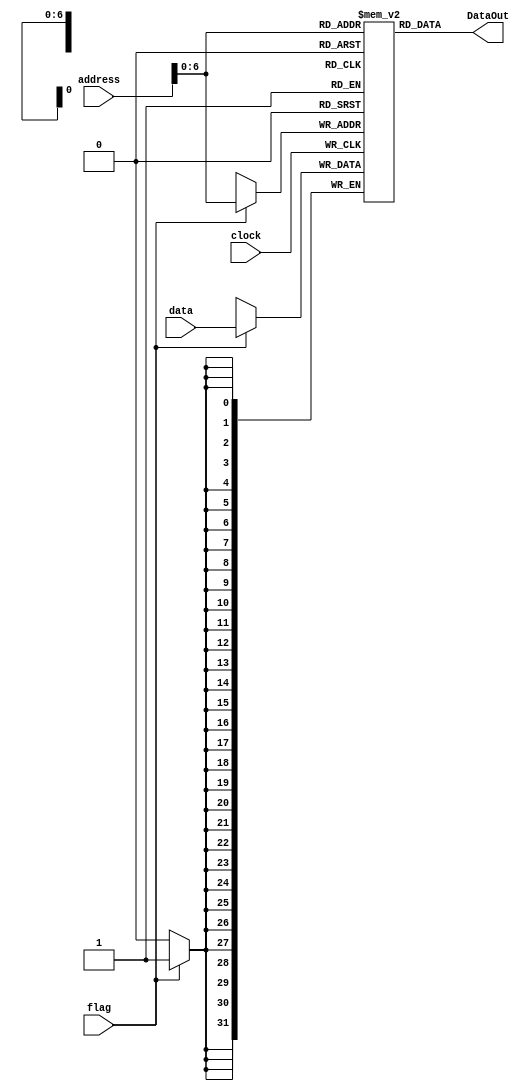
module DataMemory(clock, address, flag, DataOut, data); 

input [31:0] data;	
input [31:0] address;	
input clock , flag;
output [31:0] DataOut;
reg [31:0] Out[100:0];

always @ (posedge clock) begin 

if (flag)						
	Out[address] = data;
end
assign DataOut = Out[address];

endmodule